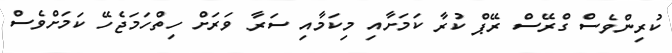
ކުރިންވެސް ގްރޭސް ރޭޕް ކުރާ ކަމަށާއި މިކަމާއި ސަރާ ވަރަށް ހިތްހަމަޖެހޭ ކަމަށްވެސް